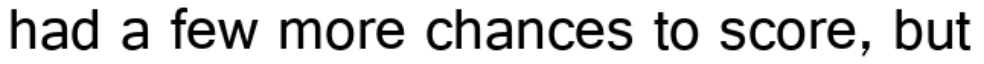
had a few more chances to score, but